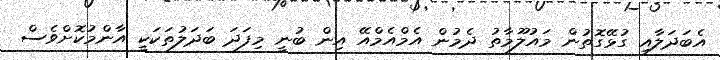
އެބަދަލާއި ގުޅޭގޮތުން މައުލޫމާތު ދެމުން އެމްއެމްއޭ އިން ބުނީ މިފަދަ ބަދަލުތަކަކީ އާންމުކޮށްވެސް